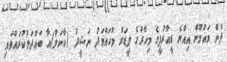
ދެން މައުމޫން އިއްޔެ ޑީއާރުޕީގެ މިހާރުގެ ލީޑަރު މުހައްމަދު ނަޝީދު (ކާނަލް)އާ ބައްދަލުކުރައްވައި